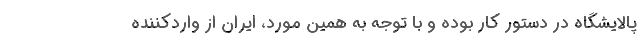
پالایشگاه در دستور کار بوده و با توجه به همین مورد، ایران از واردکننده